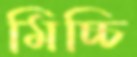
মিচ্চি